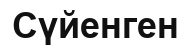
Сүйенген